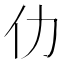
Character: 仂